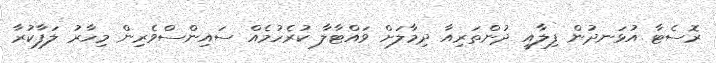
ރޮސެޓާ އުޅަނދުން ފިލާއީ ދުންތަރިއާ ދިމާލަށް ވައްޓާލާ ކުރެހުމެއް ސައިންސްވެރިން މިހާރު ލަފާކުރާ